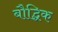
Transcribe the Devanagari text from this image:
बौद्घिक